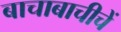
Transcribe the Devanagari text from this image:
बाचाबाचीचें